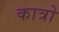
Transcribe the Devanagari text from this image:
कात्रो